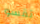
تقسو